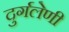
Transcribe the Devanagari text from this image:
दुर्गलेणी